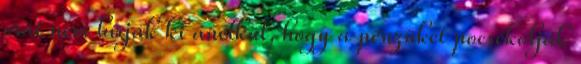
órát nem bírják ki anélkül, hogy a pénzüket pocsékolják